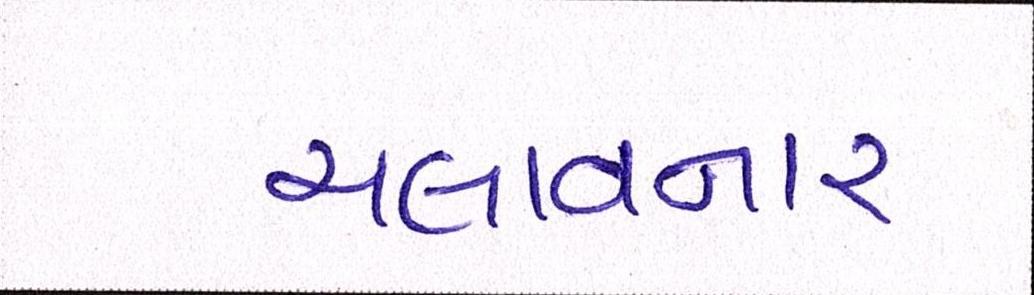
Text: ચલાવનાર